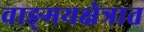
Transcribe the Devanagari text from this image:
वाङ्‌मयक्षेत्रात